Papers set at the Examination for Leaving Certificates, 1892
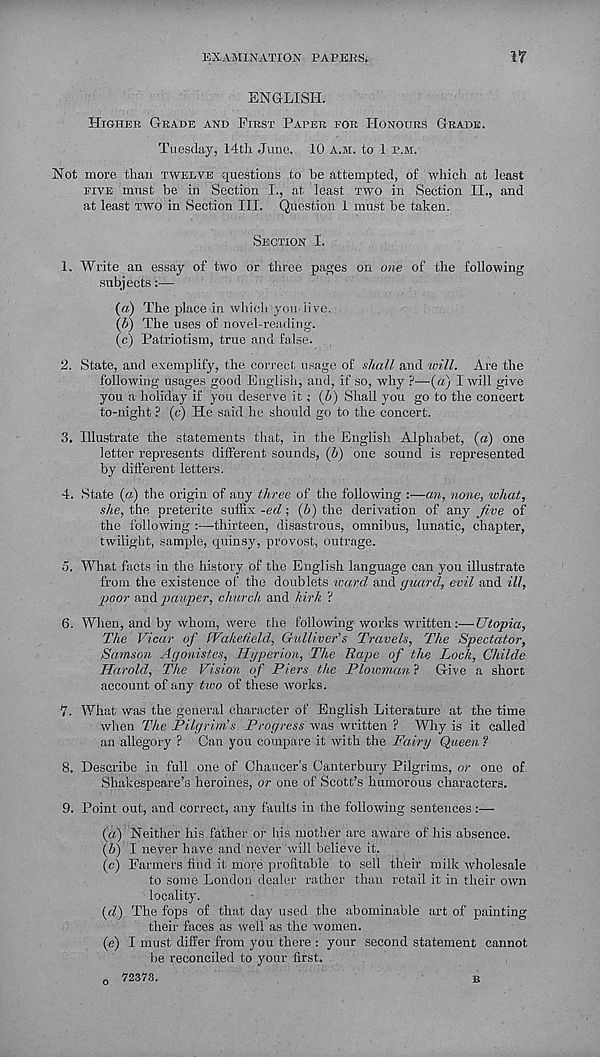
EXAMINATION PAPERS.
17
ENGLISH.
HIGHER GRADE AND FIRST PAPER FOR HONOURS GRADE.
Tuesday, 14th. June. 10 A.M. to 1 P.M.
Not more than TWELVE questions to be attempted, of which at least
FIVE must be in Section I., at least TWO in Section II., and
at least TWO in Section III. Question 1 must be taken.
SECTION I.
1. Write an essay of two or three pages on one of the following
subjects:—
(а) The place in which you-iive.
(б) The uses of novel-reading.
(c) Patriotism, true and false.
2. State, and exemplify, the correct usage of shall and will. Are the
following usages good English, and, if so, why ?—(a) I will give
you a holiday if you deserve it; (6) Shall you go to the concert
to-night ? (c) He said he should go to the concert.
3. Illustrate the statements that, in the English Alphabet, (a) one
letter represents different sounds, (6) one sound is represented
by different letters.
4. State (a) the origin of any three of the following :—an, none, what,
she, the preterite suffix -ed ; (h) the derivation of any five of
the following :—thirteen, disastrous, omnibus, lunatic, chapter,
twilight, sample, quinsy, provost, outrage.
5. What facts in the history of the English language can you illustrate
from the existence of the doublets ward and guard, evil and ill,
poor and pauper, church and kirk ?
6. When, and by whom, were the following works written:—Utopia,
The Vicar of Wakefield, Gulliver’s Travels, The Spectator,
Samson Agonistes, Hyperion, The Rape of the Loch, Ckilde
Harold, The Vision of Piers the Plowman ? Give a short
account of any two of these works.
7. What was the general character of English Literature at the time
when The Pilgrim’s Progress was written ? Why is it called
an allegory ? Can you compare it with the Fairy Queen?
8. Describe in full one of Chaucer’s Cauterbury Pilgrims, or one of
Shakespeare’s heroines, or one of Scott’s humorous characters.
9. Point out, and correct, any faults in the following sentences:—
(a) Neither his father or his mother are aware of his absence.
{b) I never have and never will believe it.
(e) Farmers find it more profitable to sell their milk wholesale
to some London dealer rather than retail it in their own
locality.
((/) The fops of that day used the abominable art of painting
their faces as well as the women.
(e) I must differ from you there : your second statement cannot
be reconciled to your first.
0
72373.
B